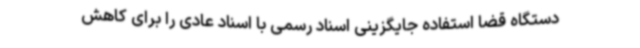
دستگاه قضا استفاده جایگزینی اسناد رسمی با اسناد عادی را برای کاهش